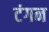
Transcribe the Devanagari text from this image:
टंगन